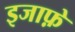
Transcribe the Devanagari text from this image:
इजाफ़े